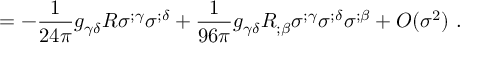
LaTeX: ~ ~ ~ = - \frac { 1 } { 2 4 \pi } g _ { \gamma \delta } R \sigma ^ { ; \gamma } \sigma ^ { ; \delta } + \frac { 1 } { 9 6 \pi } g _ { \gamma \delta } R _ { ; \beta } \sigma ^ { ; \gamma } \sigma ^ { ; \delta } \sigma ^ { ; \beta } + O ( \sigma ^ { 2 } ) ~ .